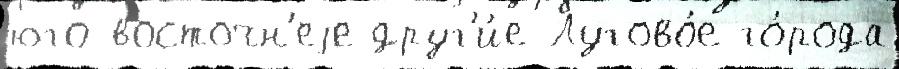
юго-восточн'еjе друг'и́е Лугово́е го́рода